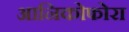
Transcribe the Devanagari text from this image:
आनिकोफोरा